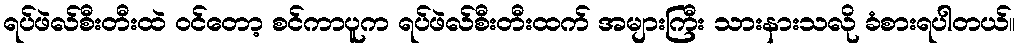
ရပ်ဖဲလ်စီးတီးထဲ ဝင်တော့ စင်ကာပူက ရပ်ဖဲလ်စီးတီးထက် အများကြီး သားနားသလို ခံစားရပါတယ်။